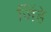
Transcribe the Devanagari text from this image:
जिंहे